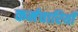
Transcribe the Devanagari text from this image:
कर्मचारियोँ